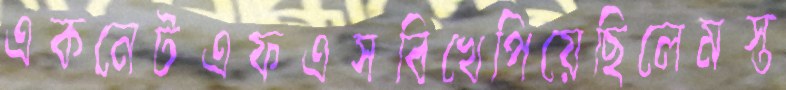
একনেটএফএসবিখেপিয়েছিলেমস্ত